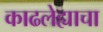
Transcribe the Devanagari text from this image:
काढलेह्याचा